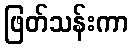
ဖြတ်သန်းကာ